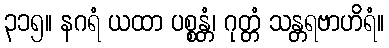
၃၁၅။ နဂရံ ယထာ ပစ္စန္တံ၊ ဂုတ္တံ သန္တရဗာဟိရံ။